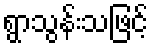
ရွာသွန်းသဖြင့်